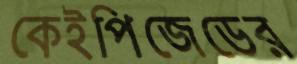
কেইপিজেডের